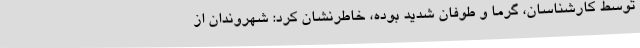
توسط کارشناسان، گرما و طوفان شدید بوده، خاطرنشان کرد: شهروندان از